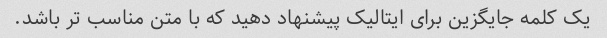
یک کلمه جایگزین برای ایتالیک پیشنهاد دهید که با متن مناسب تر باشد.